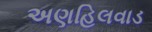
અણહિલવાડ